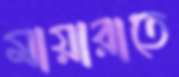
মায়ারাতে